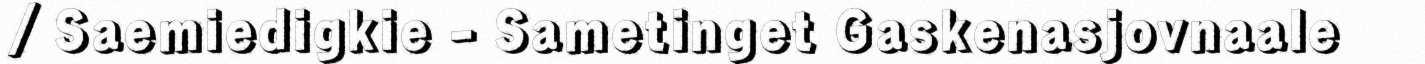
/ Saemiedigkie - Sametinget Gaskenasjovnaale